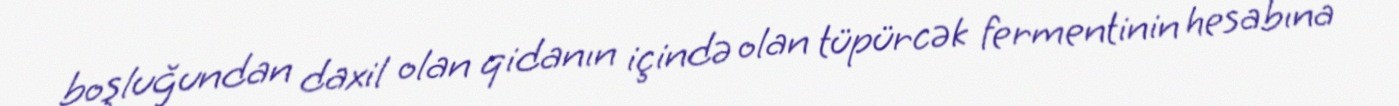
boşluğundan daxil olan qidanın içində olan tüpürcək fermentinin hesabına